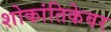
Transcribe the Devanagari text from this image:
शोकांतिकेवर